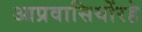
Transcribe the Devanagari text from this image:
आप्रवासियोंरहे